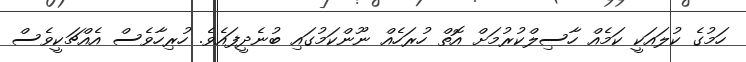
ހަމުގެ ކުލައަކީ ކަމެއް ހާސިލްކުރުމަށް އޮތް ހުރަހެއް ނޫންކަމުގައި ބުނެދީފައެވެ. ހުރިހާވެސް އެއްޗަކީވެސް